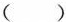
（）